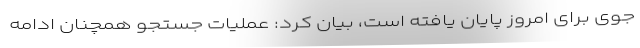
جوی برای امروز پایان یافته است، بیان کرد: عملیات جستجو همچنان ادامه